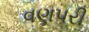
વણપરી